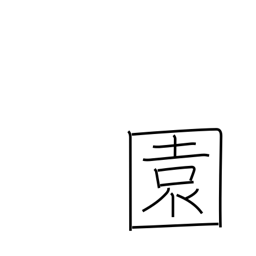
Meaning: garden